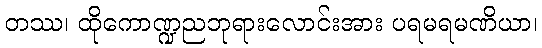
တဿ၊ ထိုကောဏ္ဍညဘုရားလောင်းအား ပရမရမဏိယာ၊